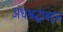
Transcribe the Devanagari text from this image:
अंधश्रद्धांबद्दल